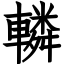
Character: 轔